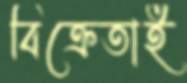
বিক্রেতাই